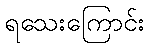
ရသေးကြောင်း